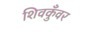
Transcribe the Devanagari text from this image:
शिवकुँवर